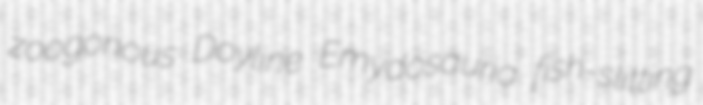
zoogonous Doyline Emydosauria fish-slitting